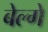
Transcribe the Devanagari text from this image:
बेल्गे